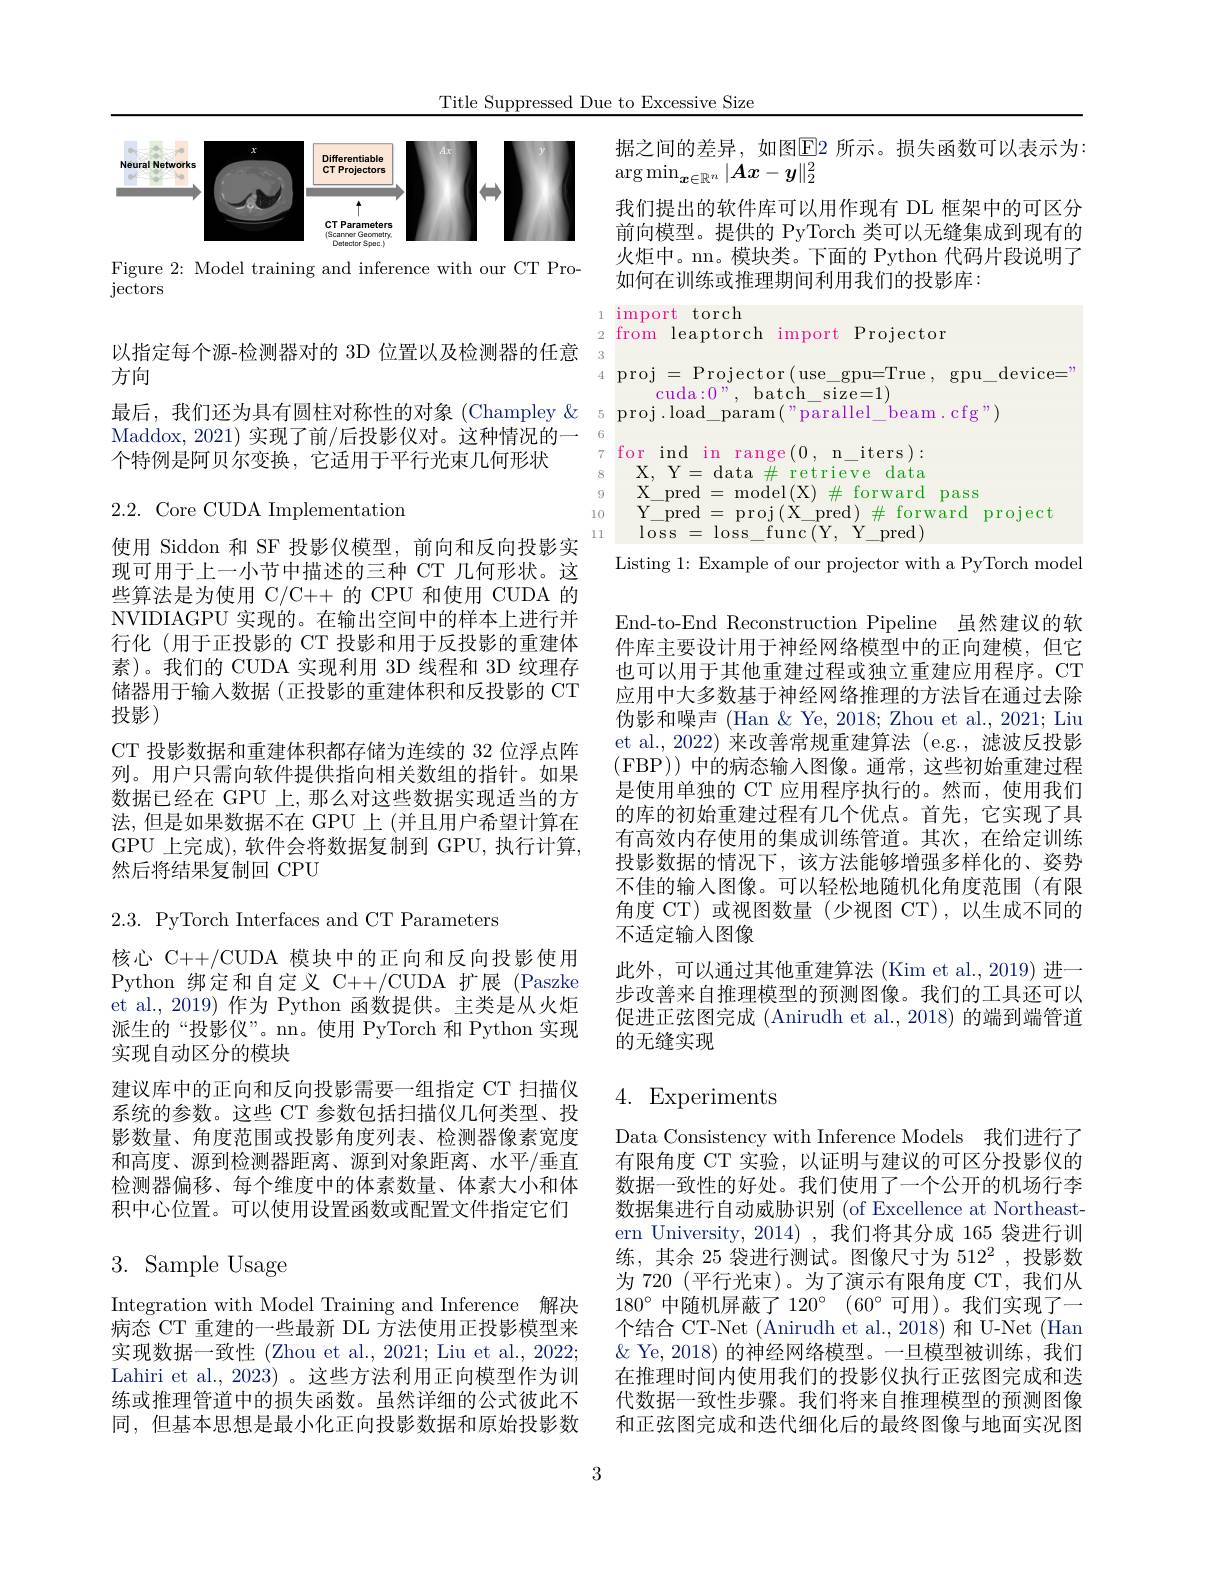
Title Suppressed Due to Excessive Size

<FigureHere>

Figure 2: Model training and inference with our CT Pro-
jectors

以指定每个源-检测器对的 3D 位置以及检测器的任意
方向
Maddox. 2021) 实现了前/后投影仪对。这种情况的一
个特例是阿贝尔变换，它适用于平行光束几何形状

2.2. Core CUDA Implementation

使用 Siddon 和 SF 投影仪模型，前向和反向投影实现可用于上一小节中描述的三种 CT 几何形状。这些算法是为使用 C/C++ 的 CPU 和使用 CUDA 的NVIDIAGPU 实现的。在输出空间中的样本上进行并行化 (用于正投影的 CT 投影和用于反投影的重建体素)。我们的 CUDA 实现利用 3D 线程和 3D 纹理存储器用于输入数据(正投影的重建体积和反投影的 CT 投影)
CT 投影数据和重建体积都存储为连续的 32 位浮点阵列。用户只需向软件提供指向相关数组的指针。如果数据已经在 GPU 上，那么对这些数据实现适当的方法，但是如果数据不在 GPU 上 (并且用户希望计算在GPU 上完成),软件会将数据复制到 GPU,执行计算， 然后将结果复制回 CPU

2.3. PyTorch Interfaces and CT Parameters

核心 C++/CUDA 模块中的正向和反向投影使用Python 绑定和自定义 C++/CUDA 扩展 (Paszke et al., 2019) 作为 Python 函数提供。主类是从火炬派生的“投影仪”。m。使用 PyTorch 和 Python 实现实现自动区分的模块
建议库中的正向和反向投影需要一组指定 CT 扫描仪系统的参数。这些 CT 参数包括扫描仪几何类型、投影数量、角度范围或投影角度列表、检测器像素宽度和高度、源到检测器距离、源到对象距离、水平/垂直检测器偏移、每个维度中的体素数量、体素大小和体积中心位置。可以使用设置函数或配置文件指定它们

# 3. Sample Usage

Integration with Model Training and Inference 解决$\bar{\text{病态 CT 重建的一些最新 DL 方法使用正投影模型来}}$ 实现数据一致性 (Zhou et al., 2021; Liu et al., 2022; Lahiri et al., 2023) 。这些方法利用正向模型作为训练或推理管道中的损失函数。虽然详细的公式彼此不同，但基本思想是最小化正向投影数据和原始投影数

据之间的差异，如图$\overline{\mathrm{E}}$2 所示。损失函数可以表示为：
$\arg\min_{\boldsymbol{x}\in\mathbb{R}^n}|\boldsymbol{A}x-\boldsymbol{y}\|_2^2$
我们提出的软件库可以用作现有 DL 框架中的可区分前向模型。提供的 PyTorch 类可以无缝集成到现有的火炬中。nn。模块类。下面的 Python 代码片段说明了如何在训练或推理期间利用我们的投影库：
1 import torch
2 from leaptorch import Projector
4 proj = Projector ( use$\_$gpu= True , gpu$\_$device= 1
$\operatorname{cuda:0}”,~\operatorname{batch}\_\operatorname{size=1})$
最后，我们还为具有圆柱对称性的对象 (Champley & 5 proj.load\_param("parallel\_beam.cfg")
7 for ind in range(0, n\_iters):
X, Y= data $\#$ retrieve data
9
X$\_$pred = model( X) $\#$ forward pass
10
Y$\_$pred=proj(X$\_$pred$) \#$forward project
11
${\mathrm{loss}}={\mathrm{loss}}\_{\mathrm{func}(\mathrm{Y},\mathrm{~\'{Y}}\_{\mathrm{pred}})}$
Listing 1: Example of our projector with a PyTorch model

End-to-End Reconstruction Pipeline 虽然建议的软件库主要设计用于神经网络模型中的正向建模，但它也可以用于其他重建过程或独立重建应用程序。CT 应用中大多数基于神经网络推理的方法旨在通过去除伪影和噪声 (Han $\&$ Ye, 2018; Zhou et al., 2021; Liu et al., 2022) 来改善常规重建算法 (e.g., 滤波反投影(FBP)) 中的病态输入图像。通常，这些初始重建过程是使用单独的 CT 应用程序执行的。然而，使用我们的库的初始重建过程有几个优点。首先，它实现了具有高效内存使用的集成训练管道。其次，在给定训练投影数据的情况下，该方法能够增强多样化的、姿势不佳的输入图像。可以轻松地随机化角度范围(有限角度 CT) 或视图数量 (少视图 CT),以生成不同的不适定输入图像
此外，可以通过其他重建算法 (Kim et al.,2019) 进一步改善来自推理模型的预测图像。我们的工具还可以促进正弦图完成 (Anirudh et al., 2018) 的端到端管道的无缝实现

# 4. Experiments

Data Consistency with Inference Models 我们进行了有限角度 CT 实验，以证明与建议的可区分投影仪的数据一致性的好处。我们使用了一个公开的机场行李数据集进行自动威胁识别 (of Excellence at Northeastern University, 2014) ,我们将其分成 165 袋进行训练，其余 25 袋进行测试。图像尺寸为 512$^{2}$ ,投影数为 720 (平行光束)。为了演示有限角度 CT,我们从$180^{\circ}$中随机屏蔽了$120^\circ$ $( 60^\circ$可用)。我们实现了一个结合 CT-Net (Anirudh et al.,2018) 和 U-Net (Han $\&$ Ye, 2018) 的神经网络模型。一旦模型被训练，我们在推理时间内使用我们的投影仪执行正弦图完成和迭代数据一致性步骤。我们将来自推理模型的预测图像和正弦图完成和迭代细化后的最终图像与地面实况图

3